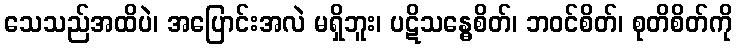
သေသည်အထိပဲ၊ အပြောင်းအလဲ မရှိဘူး၊ ပဋိသန္ဓေစိတ်၊ ဘဝင်စိတ်၊ စုတိစိတ်ကို